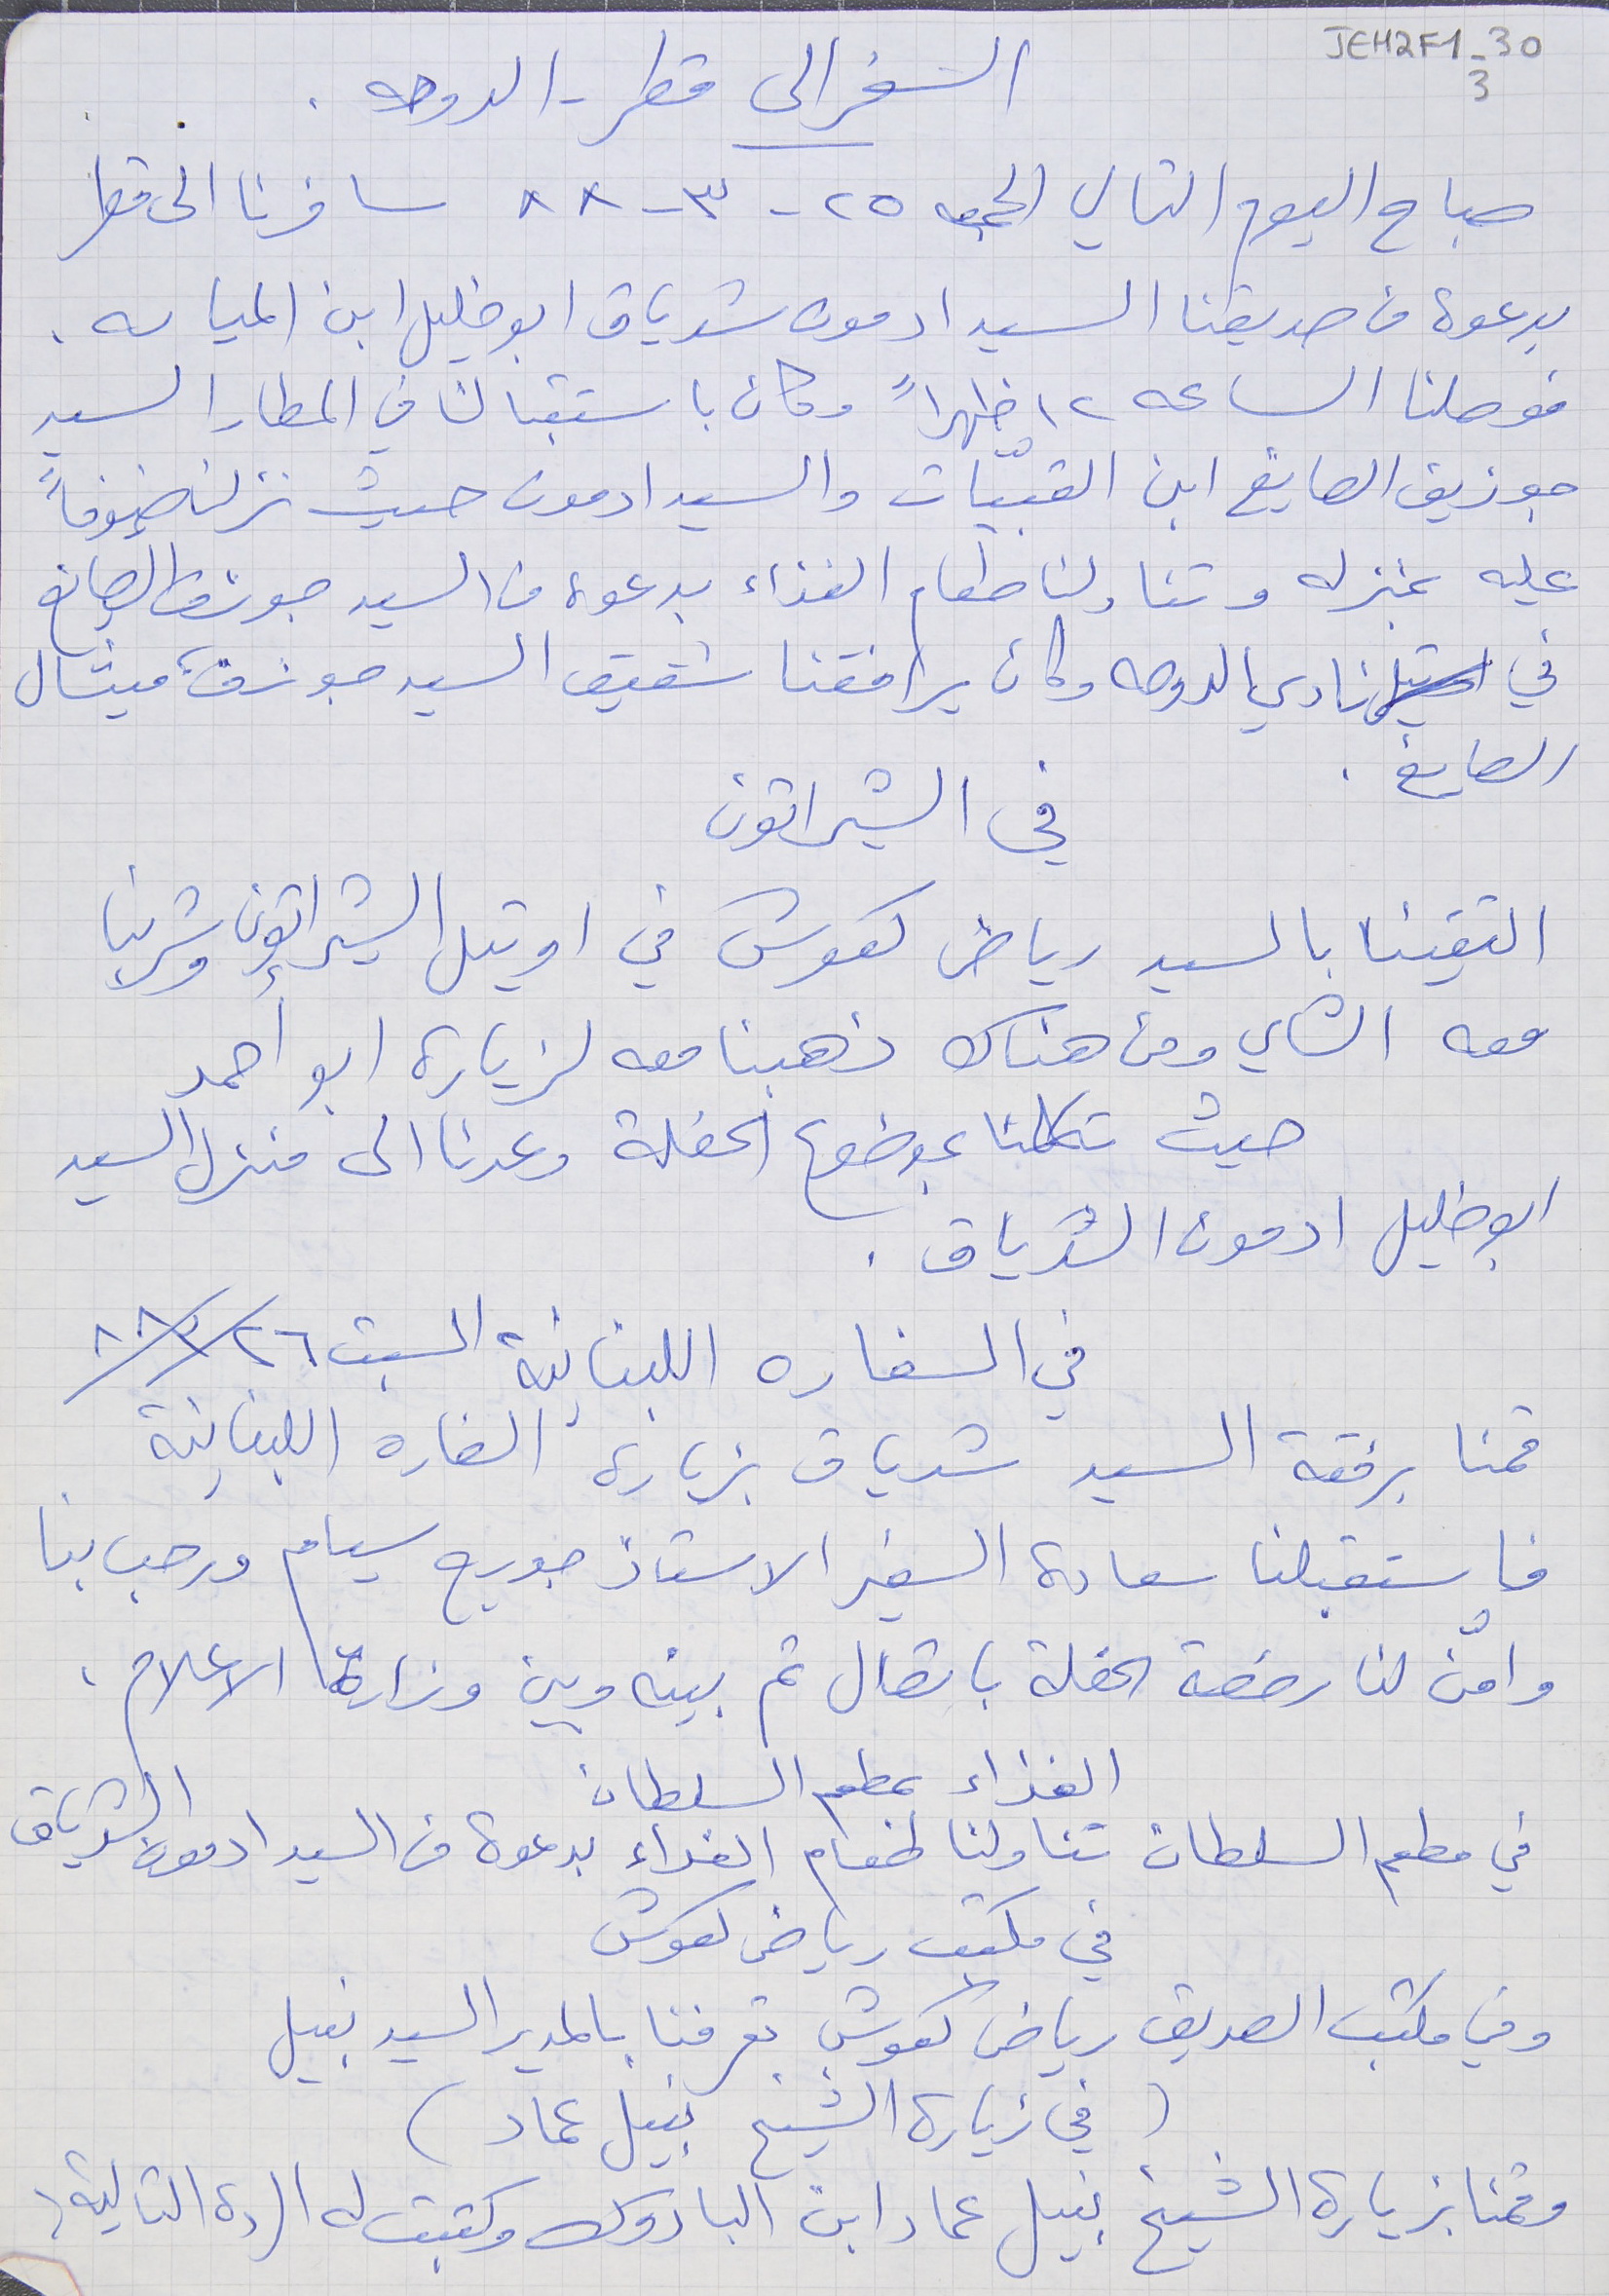
JEH2F1-303
 السفر الى قطر - الدوحه .
صباح اليوم التالي الجمعة ٢٥ - ٣- ٨٨ سافرنا الى قطر
بدعوة من صديقنا السيد ادمون شدياق ابو خليل ابن المياسه.
فوصلنا الساعه ١٢ ظهراً وكان باستقبالنا في المطار السيد
جوزيف الصايغ ابن القبيّات والسيد ادمون حيث نزلنا ضيوفاً
عليه بمنزله وتناولنا طعام الغذاء بدعوة من السيد جوزف الصايغ
في نادي الدوحه وكان يرافقنا شقيق السيد جوزف، ميشال
الصايغ .
التقينا بالسيد رياض كعوش في اوتيل الشيراتون وشربنا
معه الشاي ومن هناك ذهبنا معه لزيارة ابو احمد
 حيث تكلمنا بموضوع الحفلة وعدنا الى منزل السيد
ابو خليل ادمون الشدياق .
قمنا برفقة السيد شدياق بزيارة السفارة اللبنانية
فاستقبلنا سعادة السفير الاستاذ جورج سيام ورحب بنا
 وامن لنا رخصة الحفلة باتصال تم بينه وبين وزارة الاعلام .
في مطعم السلطان تناولنا طعام الغداء بدعوة من السيد ادمون الشدياق
 في مكتب رياض كعوش
وقمنا بزيارة الشيخ نبيل عماد ابن الباروك وكتبت له الردة التالية :
في الشيراتون
في السفاره اللبنانية السبت ٨٨/٣/٢٦
الغذاء بمطعم السلطان
وفي مكتب الصديق رياض كعوش تعرفنا بالمدير السيد نبيل
(في زيارة الشيخ نبيل عماد)